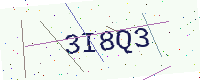
Text: 3I8Q3